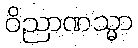
ဝိညာဏသ္မာ